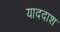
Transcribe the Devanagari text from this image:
याददाश